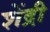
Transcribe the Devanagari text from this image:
शेंद्री